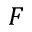
F